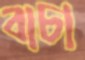
বাচা